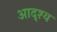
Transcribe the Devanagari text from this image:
आदृश्य